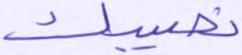
نصيبك